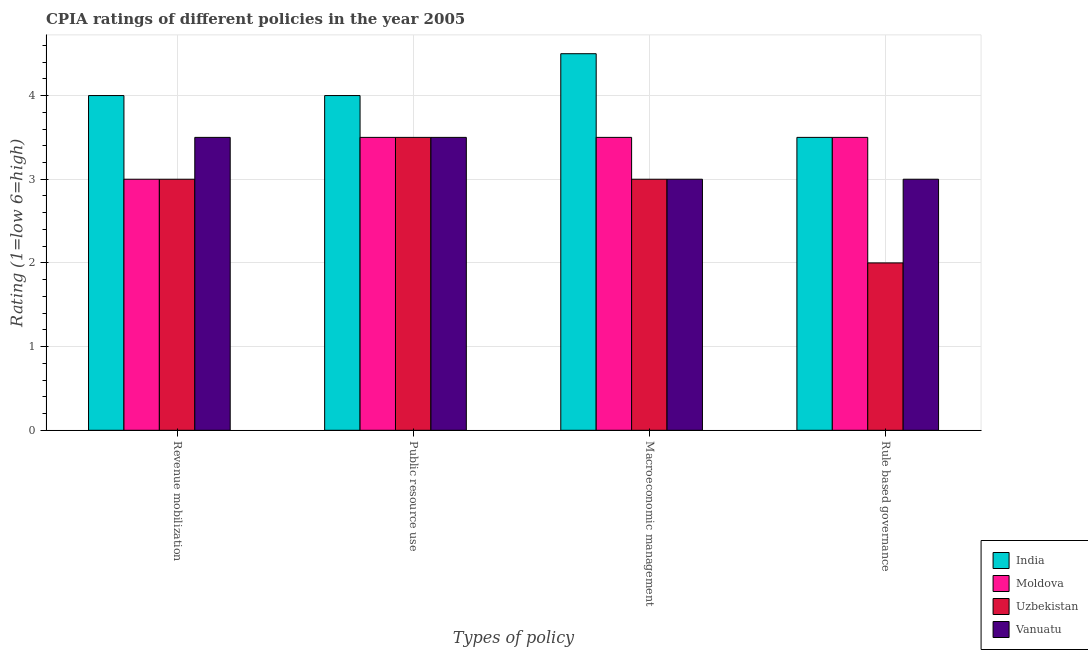
| Types of policy | India | Moldova | Uzbekistan | Vanuatu |
 | --- | --- | --- | --- | --- |
 | Revenue mobilization | 4 | 3 | 3 | 3.5 |
 | Public resource use | 4 | 3.5 | 3.5 | 3.5 |
 | Macroeconomic management | 4.5 | 3.5 | 3 | 3 |
 | Rule based governance | 3.5 | 3.5 | 2 | 3 |